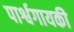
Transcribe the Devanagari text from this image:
पार्श्वगायकी